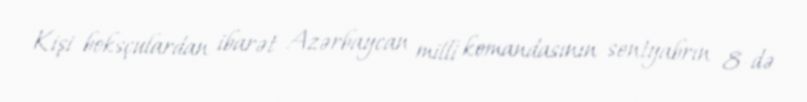
Kişi boksçulardan ibarət Azərbaycan milli komandasının sentyabrın 8-də